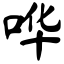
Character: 哗